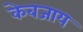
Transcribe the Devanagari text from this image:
केबजाय